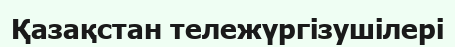
Қазақстан тележүргізушілері